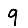
Digit: 9